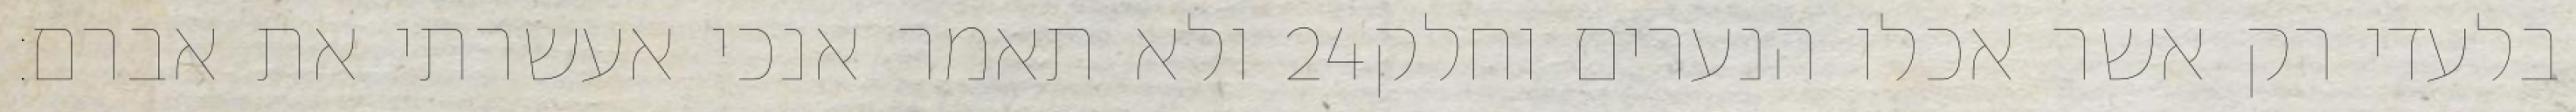
ולא תאמר אנכי אעשרתי את אברם׃ ‎24‏ בלעדי רק אשר אכלו הנערים וחלק